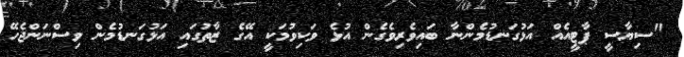
"ސިޔާސީ ޕާޓީއެއް އަޅުގަނޑުމެންނާ ބައިވެރިވެގެން އުޅެ ވަކިވުމަކީ އޭގެ ޒާތުގައި އަޅުގަނޑުމެން ވިސްނަންޖެހޭ